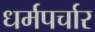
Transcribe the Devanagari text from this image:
धर्मपर्चार